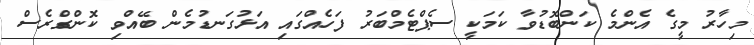
މިހާރު މީގެ އެންމެ ކަންބޮޑުވާ ކަމަކީ ސެޕްޓެމްބަރު ފަހެއްގައި އަޅުގަނޑުމެން ބޭއްވި ކޮންގްރެސް